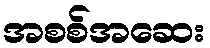
အစစ်အဆေး